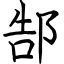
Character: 郜